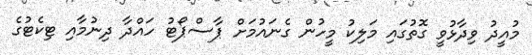
މުއީދު ވިދާޅުވީ ގޮތުގައި މަލިކު މީހުން ގެނައުމަށް ޕާސްޕޯޓު ހައްދާ ދިނުމާއި ޓިކެޓުގެ